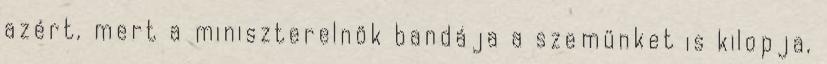
azért, mert a miniszterelnök bandája a szemünket is kilopja,